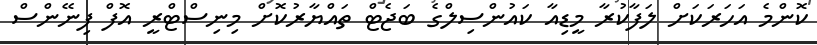
ކޮންމެ އަހަރަކަށް ލަފާކުރާ މީޑިއާ ކައުންސިލްގެ ބަޖެޓް ތައްޔާރުކޮށް މިނިސްޓްރީ އޮފް ފިނޭންސް